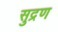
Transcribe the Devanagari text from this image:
सुद्रण